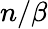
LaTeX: n/\beta